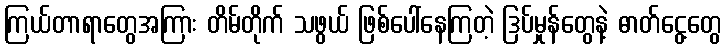
ကြယ်တာရာတွေအကြား တိမ်တိုက် သဖွယ် ဖြစ်ပေါ်နေကြတဲ့ ဒြပ်မှုန်တွေနဲ့ ဓာတ်ငွေ့တွေ